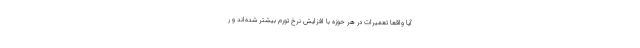
آیا واقعا تعمیرات در هر حوزه با افزایش نرخ تورم بیشتر شده‌اند و ر